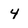
Character: 4